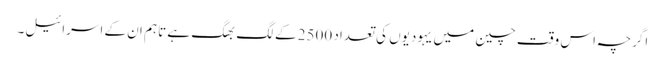
اگرچہ اس وقت چین میں یہودیوں کی تعداد 2500 کے لگ بھگ ہے تاہم ان کے اسرائیل۔